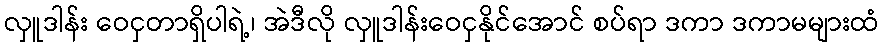
လှူဒါန်း ဝေငှတာရှိပါရဲ့၊ အဲဒီလို လှူဒါန်းဝေငှနိုင်အောင် စပ်ရာ ဒကာ ဒကာမများထံ